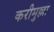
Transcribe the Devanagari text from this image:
करीमुल्ला